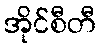
အိုင်စီတီ